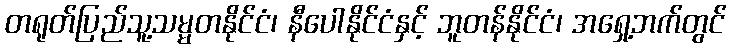
တရုတ်ပြည်သူ့သမ္မတနိုင်ငံ၊ နီပေါနိုင်ငံနှင့် ဘူတန်နိုင်ငံ၊ အရှေ့ဘက်တွင်